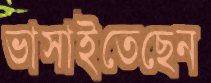
ভাসাইতেছেন